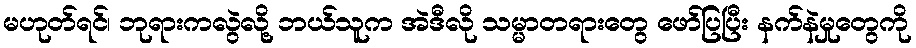
မဟုတ်ရင်၊ ဘုရားကလွဲလို့ ဘယ်သူက အဲဒီလို သမ္မာတရားတွေ ဖော်ပြပြီး နက်နဲမှုတွေကို